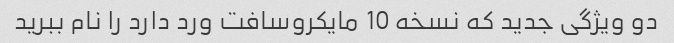
دو ویژگی جدید که نسخه 10 مایکروسافت ورد دارد را نام ببرید